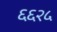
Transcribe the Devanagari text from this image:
६६२५